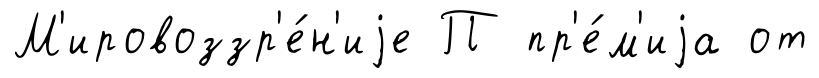
М'ировоззр'е́н'иjе П пр'е́м'иjа от